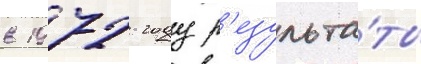
в 1972 году р'езульта́ты